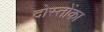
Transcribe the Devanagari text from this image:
दोस्तोंका